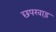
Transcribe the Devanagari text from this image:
छपरवाड़